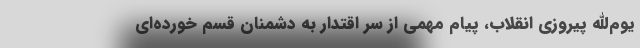
یوم‌الله پیروزی انقلاب، پیام مهمی از سر اقتدار به دشمنان قسم خورده‌ای